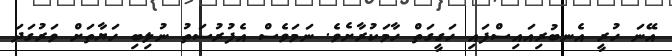
އޭނަ ހުރީ އެނބުރިއައިސްފައި ހަގީގަތް ހާމަކުރާށެވެ. ނަމަވެސް އެފުރުސަތު ނުލިބި ހަޔާތަށް ވަރުގަދަ